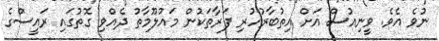
ނުވެ އެވެ. ވީނިއުސް އަށް އިތުބާރުހުރި ފަރާތަކުން މައުލޫމާތު ދެއްވި ގޮތުގައި ރައީސްގެ